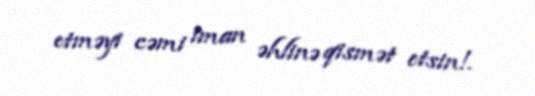
etməyi cəmi iman əhlinə qismət etsin!.